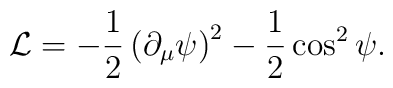
{\cal L} =-{1 \over 2} \left(\partial_\mu \psi\right)^2 -{1 \over 2} \cos^2 \psi.